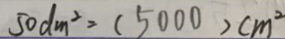
5 0 d m ^ { 2 } = ( 5 0 0 0 ) c m ^ { 2 }